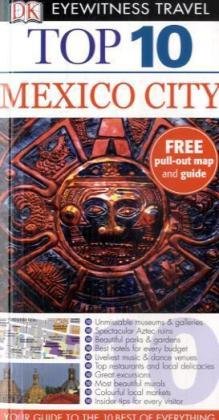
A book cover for Mexico City (DK Eyewitness Top 10 Travel Guide); Nancy Mikula; Travel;